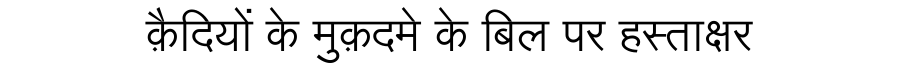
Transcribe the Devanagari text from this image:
क़ैदियों के मुक़दमे के बिल पर हस्ताक्षर